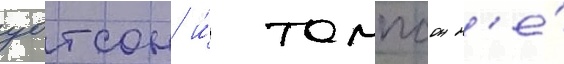
уотсон и́ томпсон н'е́